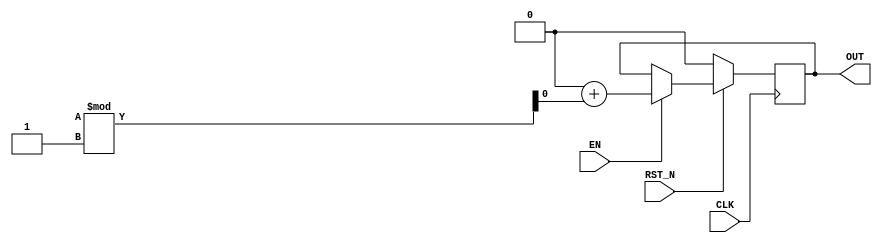

// Copyright (c) 2000-2009 Bluespec, Inc.

// Permission is hereby granted, free of charge, to any person obtaining a copy
// of this software and associated documentation files (the "Software"), to deal
// in the Software without restriction, including without limitation the rights
// to use, copy, modify, merge, publish, distribute, sublicense, and/or sell
// copies of the Software, and to permit persons to whom the Software is
// furnished to do so, subject to the following conditions:

// The above copyright notice and this permission notice shall be included in
// all copies or substantial portions of the Software.

// THE SOFTWARE IS PROVIDED "AS IS", WITHOUT WARRANTY OF ANY KIND, EXPRESS OR
// IMPLIED, INCLUDING BUT NOT LIMITED TO THE WARRANTIES OF MERCHANTABILITY,
// FITNESS FOR A PARTICULAR PURPOSE AND NONINFRINGEMENT. IN NO EVENT SHALL THE
// AUTHORS OR COPYRIGHT HOLDERS BE LIABLE FOR ANY CLAIM, DAMAGES OR OTHER
// LIABILITY, WHETHER IN AN ACTION OF CONTRACT, TORT OR OTHERWISE, ARISING FROM,
// OUT OF OR IN CONNECTION WITH THE SOFTWARE OR THE USE OR OTHER DEALINGS IN
// THE SOFTWARE.
//
// $Revision: 17872 $
// $Date: 2009-09-18 14:32:56 +0000 (Fri, 18 Sep 2009) $

`ifdef BSV_ASSIGNMENT_DELAY
`else
`define BSV_ASSIGNMENT_DELAY
`endif

module ConstrainedRandom(CLK, RST_N, OUT, EN);

   parameter width = 1 ;
   parameter min = 0 ;
   parameter max = 0 ;

   input           CLK;
   input           RST_N;
   input           EN;
   output [width - 1: 0] OUT;

   reg [width - 1: 0]    OUT;
   reg [width - 1: 0]    OUT2;

   integer 	    i;
   always@(posedge CLK)
     begin
        if (!RST_N)
          OUT <= min;
        else if (EN)
	  begin
	     i = 0;
	     OUT2 = 0;
	     for (i = 0; i <= width; i = i + 32) begin
		OUT2 = {OUT2, $random};
	     end
	     if ((1 + (max - min)) == 0)
	       OUT <= `BSV_ASSIGNMENT_DELAY min + OUT2;
	     else
	       OUT <= `BSV_ASSIGNMENT_DELAY min + (OUT2 % (1 + (max - min)));
	  end
	
     end

   // synopsys translate_off
   initial begin
      OUT = {((128 + 1)/2){2'b10}} ;
   end
   // synopsys translate_on


endmodule // ConstrainedRandom